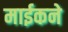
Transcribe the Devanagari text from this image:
माईकने